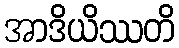
အာဒိယိဿတိ